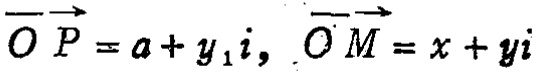
\(\overrightarrow{OP}=a + y_1i,\ \overrightarrow{OM}=x + yi\)